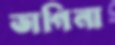
ভাগিনা